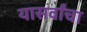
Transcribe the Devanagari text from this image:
यासर्वांचा